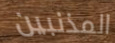
المذنبين